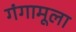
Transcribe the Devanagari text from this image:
गंगामूला